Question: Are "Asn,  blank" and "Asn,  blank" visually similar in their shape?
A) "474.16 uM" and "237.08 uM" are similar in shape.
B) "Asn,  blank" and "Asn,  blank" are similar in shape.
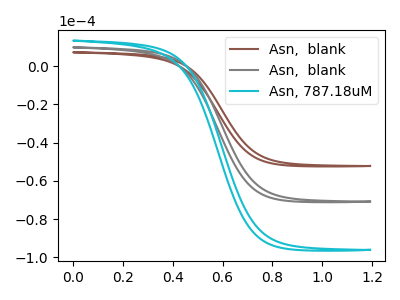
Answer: <think>The brown curve "Asn,  blank" has no peaks. The gray curve "Asn,  blank" has no peaks. The cyan curve "Asn, 787.18uM" has no peaks.
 Neither "Asn,  blank" or "Asn,  blank" have any peaks.</think>
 <answer>B) "Asn,  blank" and "Asn,  blank" are similar in shape.</answer>
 <eval>B</eval>